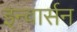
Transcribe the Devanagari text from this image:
इन्वार्सन